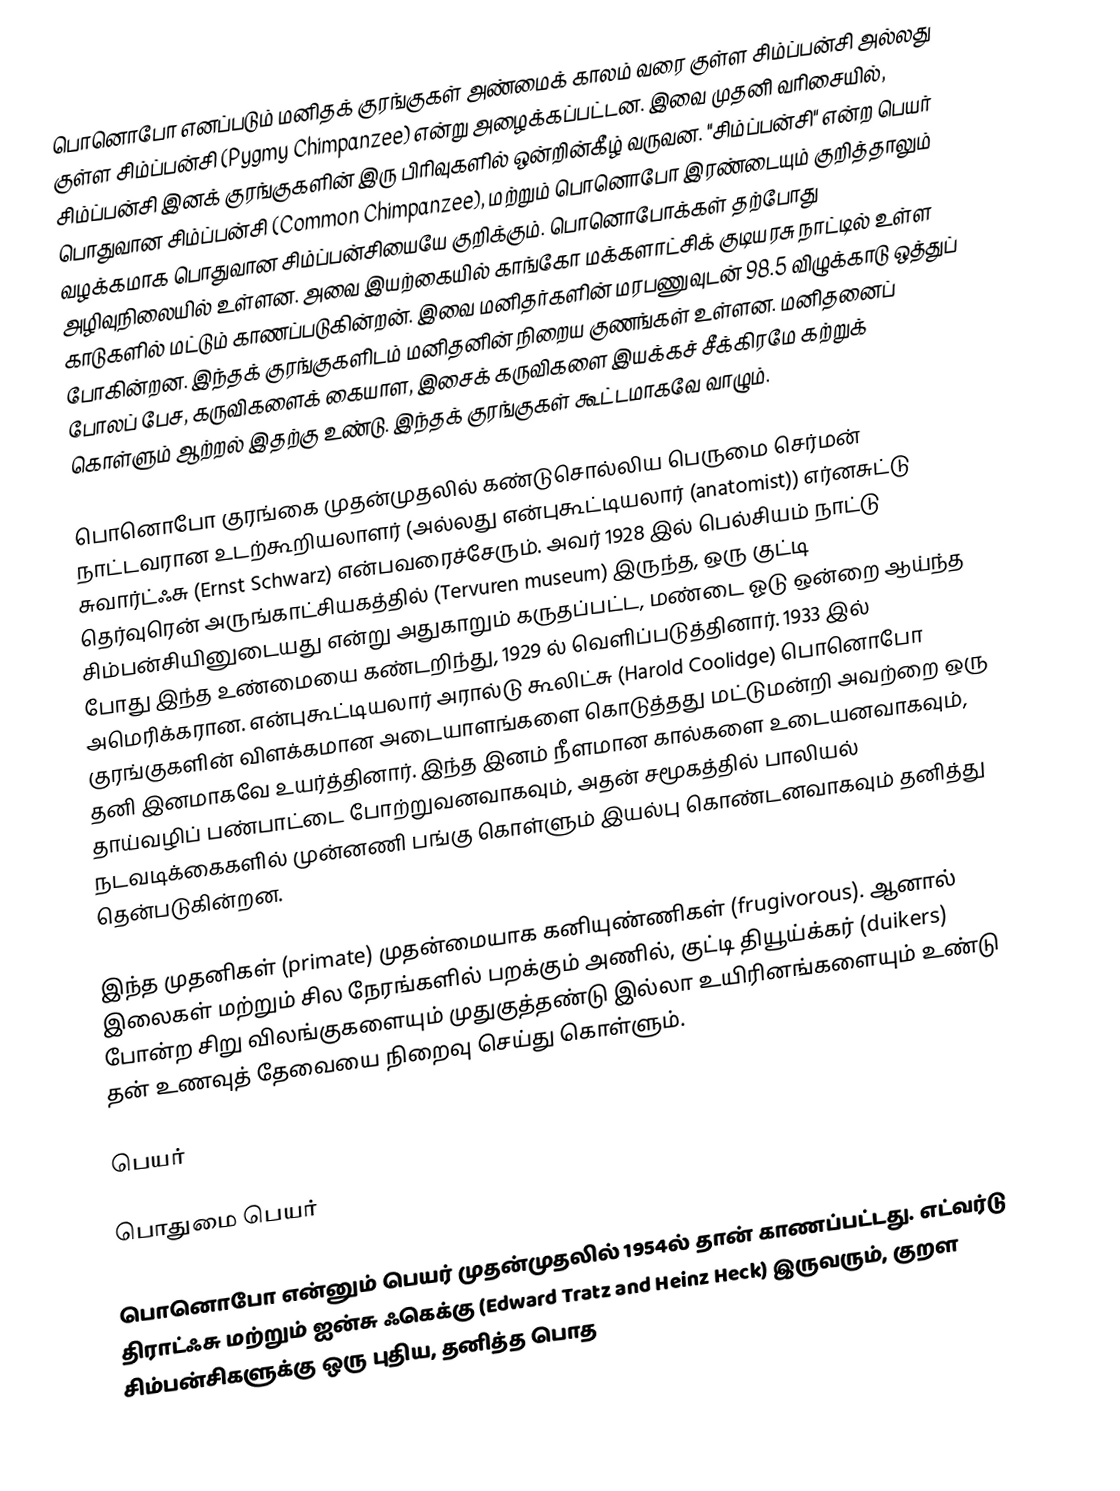
பொனொபோ எனப்படும் மனிதக் குரங்குகள் அண்மைக் காலம் வரை குள்ள சிம்ப்பன்சி அல்லது குள்ள சிம்ப்பன்சி  (Pygmy Chimpanzee)  என்று அழைக்கப்பட்டன. இவை முதனி வரிசையில்,  சிம்ப்பன்சி இனக் குரங்குகளின் இரு பிரிவுகளில் ஒன்றின்கீழ் வருவன.  "சிம்ப்பன்சி" என்ற பெயர்  பொதுவான சிம்ப்பன்சி (Common Chimpanzee), மற்றும் பொனொபோ இரண்டையும் குறித்தாலும் வழக்கமாக  பொதுவான சிம்ப்பன்சியையே  குறிக்கும்.  பொனொபோக்கள் தற்போது அழிவுநிலையில் உள்ளன. அவை இயற்கையில் காங்கோ மக்களாட்சிக் குடியரசு நாட்டில் உள்ள காடுகளில் மட்டும் காணப்படுகின்றன்.  இவை மனிதர்களின் மரபணுவுடன் 98.5  விழுக்காடு ஒத்துப் போகின்றன. இந்தக் குரங்குகளிடம் மனிதனின் நிறைய குணங்கள் உள்ளன. மனிதனைப் போலப் பேச, கருவிகளைக் கையாள, இசைக் கருவிகளை இயக்கச் சீக்கிரமே கற்றுக் கொள்ளும் ஆற்றல் இதற்கு உண்டு. இந்தக் குரங்குகள் கூட்டமாகவே வாழும்.

பொனொபோ குரங்கை முதன்முதலில் கண்டுசொல்லிய பெருமை செர்மன் நாட்டவரான உடற்கூறியலாளர் (அல்லது என்புகூட்டியலார் (anatomist)) எர்னசுட்டு சுவார்ட்ஃசு (Ernst Schwarz) என்பவரைச்சேரும். அவர் 1928 இல் பெல்சியம் நாட்டு தெர்வுரென் அருங்காட்சியகத்தில் (Tervuren museum) இருந்த, ஒரு குட்டி சிம்பன்சியினுடையது என்று அதுகாறும் கருதப்பட்ட,  மண்டை ஓடு ஒன்றை ஆய்ந்த போது இந்த உண்மையை கண்டறிந்து, 1929 ல் வெளிப்படுத்தினார். 1933 இல் அமெரிக்கரான.  என்புகூட்டியலார் அரால்டு கூலிட்சு (Harold Coolidge) பொனொபோ குரங்குகளின் விளக்கமான அடையாளங்களை கொடுத்தது மட்டுமன்றி அவற்றை ஒரு தனி இனமாகவே உயர்த்தினார். இந்த இனம் நீளமான கால்களை உடையனவாகவும், தாய்வழிப் பண்பாட்டை போற்றுவனவாகவும், அதன் சமூகத்தில் பாலியல் நடவடிக்கைகளில் முன்னணி பங்கு கொள்ளும் இயல்பு கொண்டனவாகவும் தனித்து தென்படுகின்றன.

இந்த முதனிகள் (primate) முதன்மையாக கனியுண்ணிகள் (frugivorous). ஆனால்  இலைகள் மற்றும் சில நேரங்களில் பறக்கும் அணில், குட்டி தியூய்க்கர் (duikers) போன்ற சிறு விலங்குகளையும்  முதுகுத்தண்டு இல்லா உயிரினங்களையும் உண்டு தன் உணவுத் தேவையை நிறைவு செய்து கொள்ளும்.

பெயர்

பொதுமை பெயர்

பொனொபோ என்னும் பெயர் முதன்முதலில் 1954ல் தான் காணப்பட்டது.  எட்வர்டு  திராட்ஃசு மற்றும் ஐன்சு ஃகெக்கு (Edward Tratz and Heinz Heck) இருவரும், குறள சிம்பன்சிகளுக்கு ஒரு புதிய, தனித்த பொத